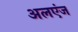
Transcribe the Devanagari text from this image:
अलएंज